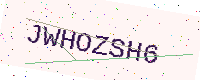
Text: JWHOZSH6